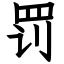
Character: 罚